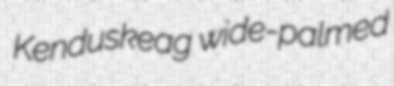
Kenduskeag wide-palmed